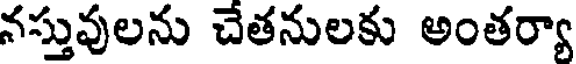
నస్తువులను చేతనులకు అంతర్యా